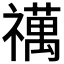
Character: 𥜍